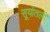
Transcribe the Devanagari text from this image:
सूर्यातली